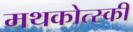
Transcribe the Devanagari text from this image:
मथकोत्स्की